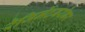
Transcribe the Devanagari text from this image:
रेजिमेंटबरोबर